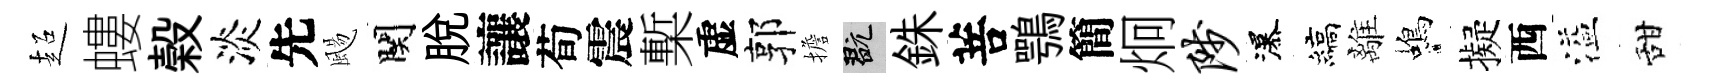
超螻榖淡先颺関脱讓荀震槧虚郭擔玩銖菩鶚簡炯陟瀑縞離蝎擬西溢甜